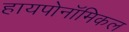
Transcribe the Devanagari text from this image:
हायपोनॉमिकल